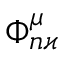
\Phi _ { n \varkappa } ^ { \mu }